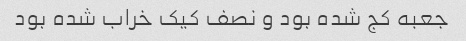
جعبه کج شده بود و نصف کیک خراب شده بود